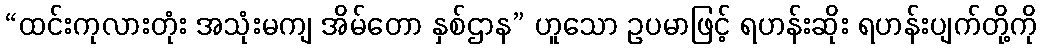
“ထင်းကုလားတုံး အသုံးမကျ အိမ်တော နှစ်ဌာန” ဟူသော ဥပမာဖြင့် ရဟန်းဆိုး ရဟန်းပျက်တို့ကို